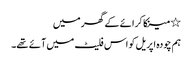
٭ مینکا کرائے کے گھر میں
ہم چودہ اپریل کو اس فلیٹ میں آئے تھے۔